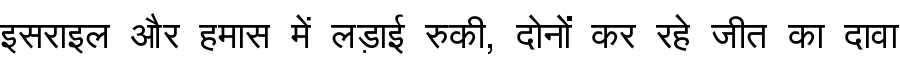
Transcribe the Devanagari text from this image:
इसराइल और हमास में लड़ाई रुकी, दोनों कर रहे जीत का दावा